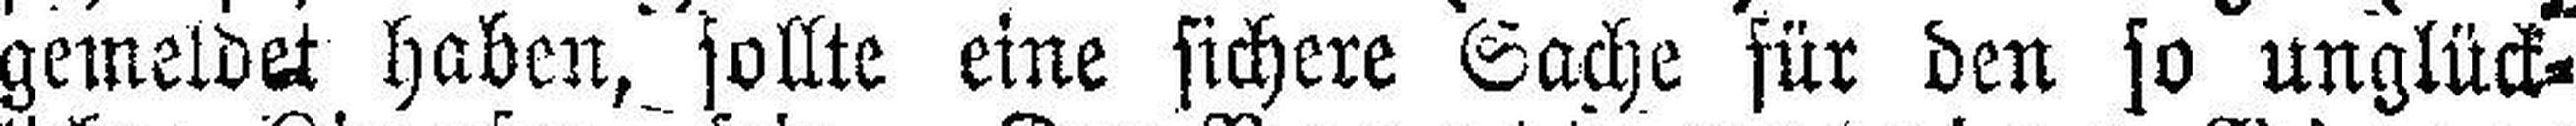
gemeldet haben,' sollte eine sichere Sache für den jo unglück¬